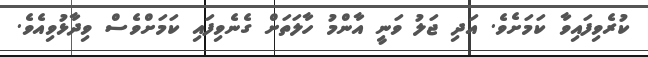
ކުރެވިފައިވާ ކަަމަށެވެ. އަދި ޖަލު ވަނީ އާންމު ހާލަތަށް ގެނެވިފައި ކަމަށްވެސް ވިދާޅުވިއެވެ.